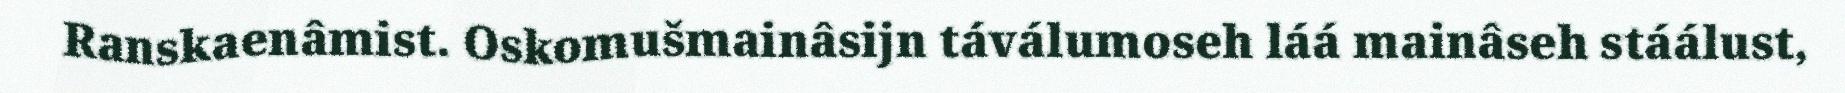
Ranskaenâmist. Oskomušmainâsijn táválumoseh láá mainâseh stáálust,